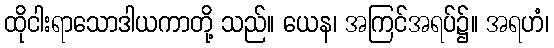
ထိုငါးရာသောဒါယကာတို့ သည်။ ယေန၊ အကြင်အရပ်၌။ အရဟံ၊